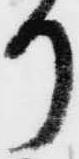
り